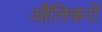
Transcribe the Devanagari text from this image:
औलिकरों